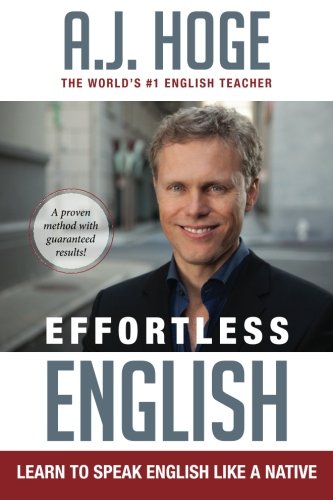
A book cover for Effortless English: Learn To Speak English Like A Native; A.J. Hoge; Self-Help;